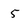
Character: 5